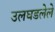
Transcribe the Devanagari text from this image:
उलघडलेले